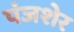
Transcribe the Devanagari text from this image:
पंजशेर